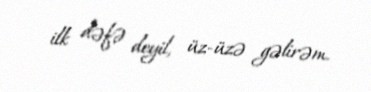
ilk dəfə deyil, üz-üzə gəlirəm.